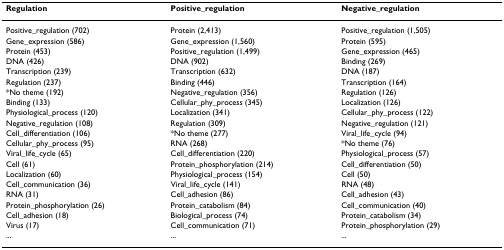
| Regulation | Positive_regulation | Negative_regulation |
 | --- | --- | --- |
 | Positive_regulation (702) | Protein (2,413) | Positive_regulation (1,505) |
 | Gene_expression (586) | Gene_expression (1,560) | Protein (595) |
 | Protein (453) | Positive_regulation (1,499) | Gene_expression (465) |
 | DNA (426) | DNA (902) | Binding (269) |
 | Transcription (239) | Transcription (632) | DNA (187) |
 | Regulation (237) | Binding (446) | Transcription (164) |
 | *No theme (192) | Negative_regulation (356) | Regulation (126) |
 | Binding (133) | Cellular_phy_process (345) | Localization (126) |
 | Physiological_process (120) | Localization (341) | Cellular_phy_process (122) |
 | Negative_regulation (108) | Regulation (309) | Negative_regulation (121) |
 | Cell_differentiation (106) | *No theme (277) | Viral_life_cycle (94) |
 | Cellular_phy_process (95) | RNA (268) | *No theme (76) |
 | Viral_life_cycle (65) | Cell_differentiation (220) | Physiological_process (57) |
 | Cell (61) | Protein_phosphorylation (214) | Cell_differentiation (50) |
 | Localization (60) | Physiological_process (154) | Cell (50) |
 | Cell_communication (36) | Viral_life_cycle (141) | RNA (48) |
 | RNA (31) | Cell_adhesion (86) | Cell_adhesion (43) |
 | Protein_phosphorylation (26) | Protein_catabolism (84) | Cell_communication (40) |
 | Cell_adhesion (18) | Biological_process (74) | Protein_catabolism (34) |
 | Virus (17) | Cell_communication (71) | Protein_phosphorylation (29) |
 | ... | ... | ... |